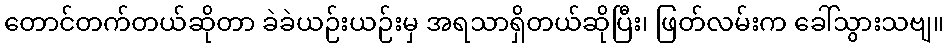
တောင်တက်တယ်ဆိုတာ ခဲခဲယဉ်းယဉ်းမှ အရသာရှိတယ်ဆိုပြီး၊ ဖြတ်လမ်းက ခေါ်သွားသဗျ။